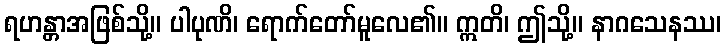
ရဟန္တာအဖြစ်သို့။ ပါပုဏိ၊ ရောက်တော်မူလေ၏။ ဣတိ၊ ဤသို့။ နာဂသေနဿ၊